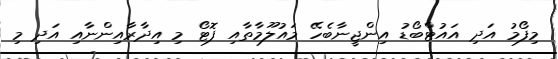
މިފޯމު އަދި އައުޓްބޯޑު އިންޖީނާބެހޭ މައުލޫމާތާއި ފޮޓޯ މި އިދާރާއިންނާއި އަދި މި